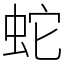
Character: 蛇